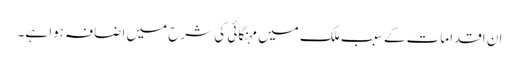
ان اقدامات کے سبب ملک میں مہنگائی کی شرح میں اضافہ ہوا ہے۔